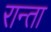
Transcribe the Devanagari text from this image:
रान्ता